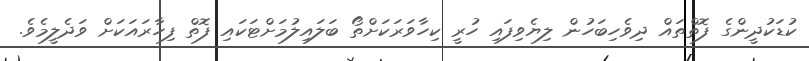
ކުޑަކުދީންގެ ފޮތްތައް ދިވެހިބަހުން ލިޔެވިފައި ހުރީ ކިހާވަރަކަށްތޯ ބަލައިލުމަށްޓަކައި ފޮތް ފިހާރައަކަށް ވަދެލީމެވެ.